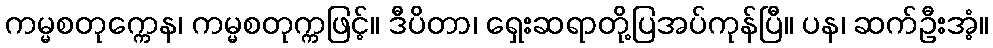
ကမ္မစတုက္ကေန၊ ကမ္မစတုက္ကဖြင့်။ ဒီပိတာ၊ ရှေးဆရာတို့ပြအပ်ကုန်ပြီ။ ပန၊ ဆက်ဦးအံ့။